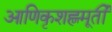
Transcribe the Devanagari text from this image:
आणिकृशह्णमूर्ती